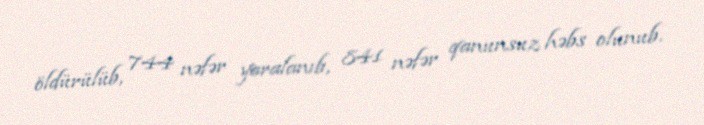
öldürülüb, 744 nəfər yaralanıb, 841 nəfər qanunsuz həbs olunub.